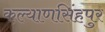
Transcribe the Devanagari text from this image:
कल्याणसिंहपुर